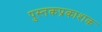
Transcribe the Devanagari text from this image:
पुस्तकप्रकाशक